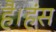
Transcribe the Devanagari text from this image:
है।हंस